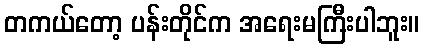
တကယ်တော့ ပန်းတိုင်က အရေးမကြီးပါဘူး။